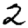
Digit: 2